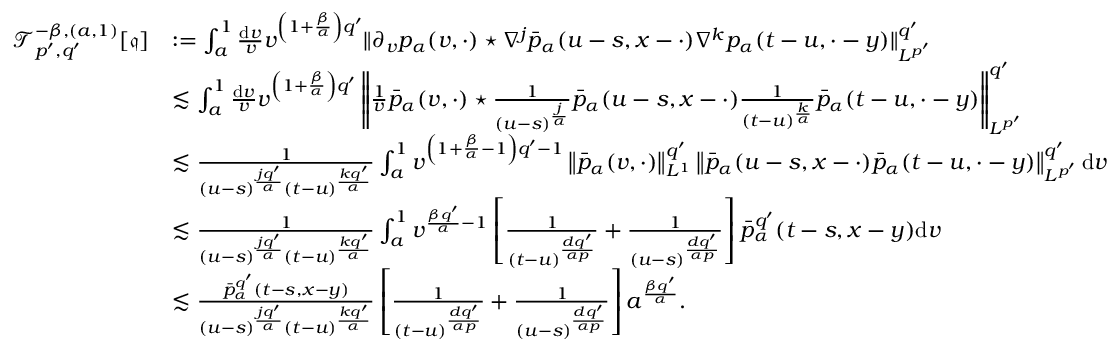
\begin{array} { r l } { \mathcal { T } _ { p ^ { \prime } , q ^ { \prime } } ^ { - \beta , ( a , 1 ) } [ \mathfrak { q } ] } & { : = \int _ { a } ^ { 1 } \frac { \mathrm { d } v } { v } v ^ { \left( 1 + \frac { \beta } { \alpha } \right) q ^ { \prime } } \Vert \partial _ { v } p _ { \alpha } ( v , \cdot ) \star \nabla ^ { j } \bar { p } _ { \alpha } ( u - s , x - \cdot ) \nabla ^ { k } p _ { \alpha } ( t - u , \cdot - y ) \Vert _ { L ^ { p ^ { \prime } } } ^ { q ^ { \prime } } } \\ & { \lesssim \int _ { a } ^ { 1 } \frac { \mathrm { d } v } { v } v ^ { \left( 1 + \frac { \beta } { \alpha } \right) q ^ { \prime } } \left\Vert \frac { 1 } { v } \bar { p } _ { \alpha } ( v , \cdot ) \star \frac { 1 } { ( u - s ) ^ { \frac { j } { \alpha } } } \bar { p } _ { \alpha } ( u - s , x - \cdot ) \frac { 1 } { ( t - u ) ^ { \frac { k } { \alpha } } } \bar { p } _ { \alpha } ( t - u , \cdot - y ) \right\Vert _ { L ^ { p ^ { \prime } } } ^ { q ^ { \prime } } } \\ & { \lesssim \frac { 1 } { ( u - s ) ^ { \frac { j q ^ { \prime } } { \alpha } } ( t - u ) ^ { \frac { k q ^ { \prime } } { \alpha } } } \int _ { a } ^ { 1 } v ^ { \left( 1 + \frac { \beta } { \alpha } - 1 \right) q ^ { \prime } - 1 } \left\Vert \bar { p } _ { \alpha } ( v , \cdot ) \right\Vert _ { L ^ { 1 } } ^ { q ^ { \prime } } \left\Vert \bar { p } _ { \alpha } ( u - s , x - \cdot ) \bar { p } _ { \alpha } ( t - u , \cdot - y ) \right\Vert _ { L ^ { p ^ { \prime } } } ^ { q ^ { \prime } } \mathrm { d } v } \\ & { \lesssim \frac { 1 } { ( u - s ) ^ { \frac { j q ^ { \prime } } { \alpha } } ( t - u ) ^ { \frac { k q ^ { \prime } } { \alpha } } } \int _ { a } ^ { 1 } v ^ { \frac { \beta q ^ { \prime } } { \alpha } - 1 } \left[ \frac { 1 } { ( t - u ) ^ { \frac { d q ^ { \prime } } { \alpha p } } } + \frac { 1 } { ( u - s ) ^ { \frac { d q ^ { \prime } } { \alpha p } } } \right] \bar { p } _ { \alpha } ^ { q ^ { \prime } } ( t - s , x - y ) \mathrm { d } v } \\ & { \lesssim \frac { \bar { p } _ { \alpha } ^ { q ^ { \prime } } ( t - s , x - y ) } { ( u - s ) ^ { \frac { j q ^ { \prime } } { \alpha } } ( t - u ) ^ { \frac { k q ^ { \prime } } { \alpha } } } \left[ \frac { 1 } { ( t - u ) ^ { \frac { d q ^ { \prime } } { \alpha p } } } + \frac { 1 } { ( u - s ) ^ { \frac { d q ^ { \prime } } { \alpha p } } } \right] a ^ { \frac { \beta q ^ { \prime } } { \alpha } } . } \end{array}